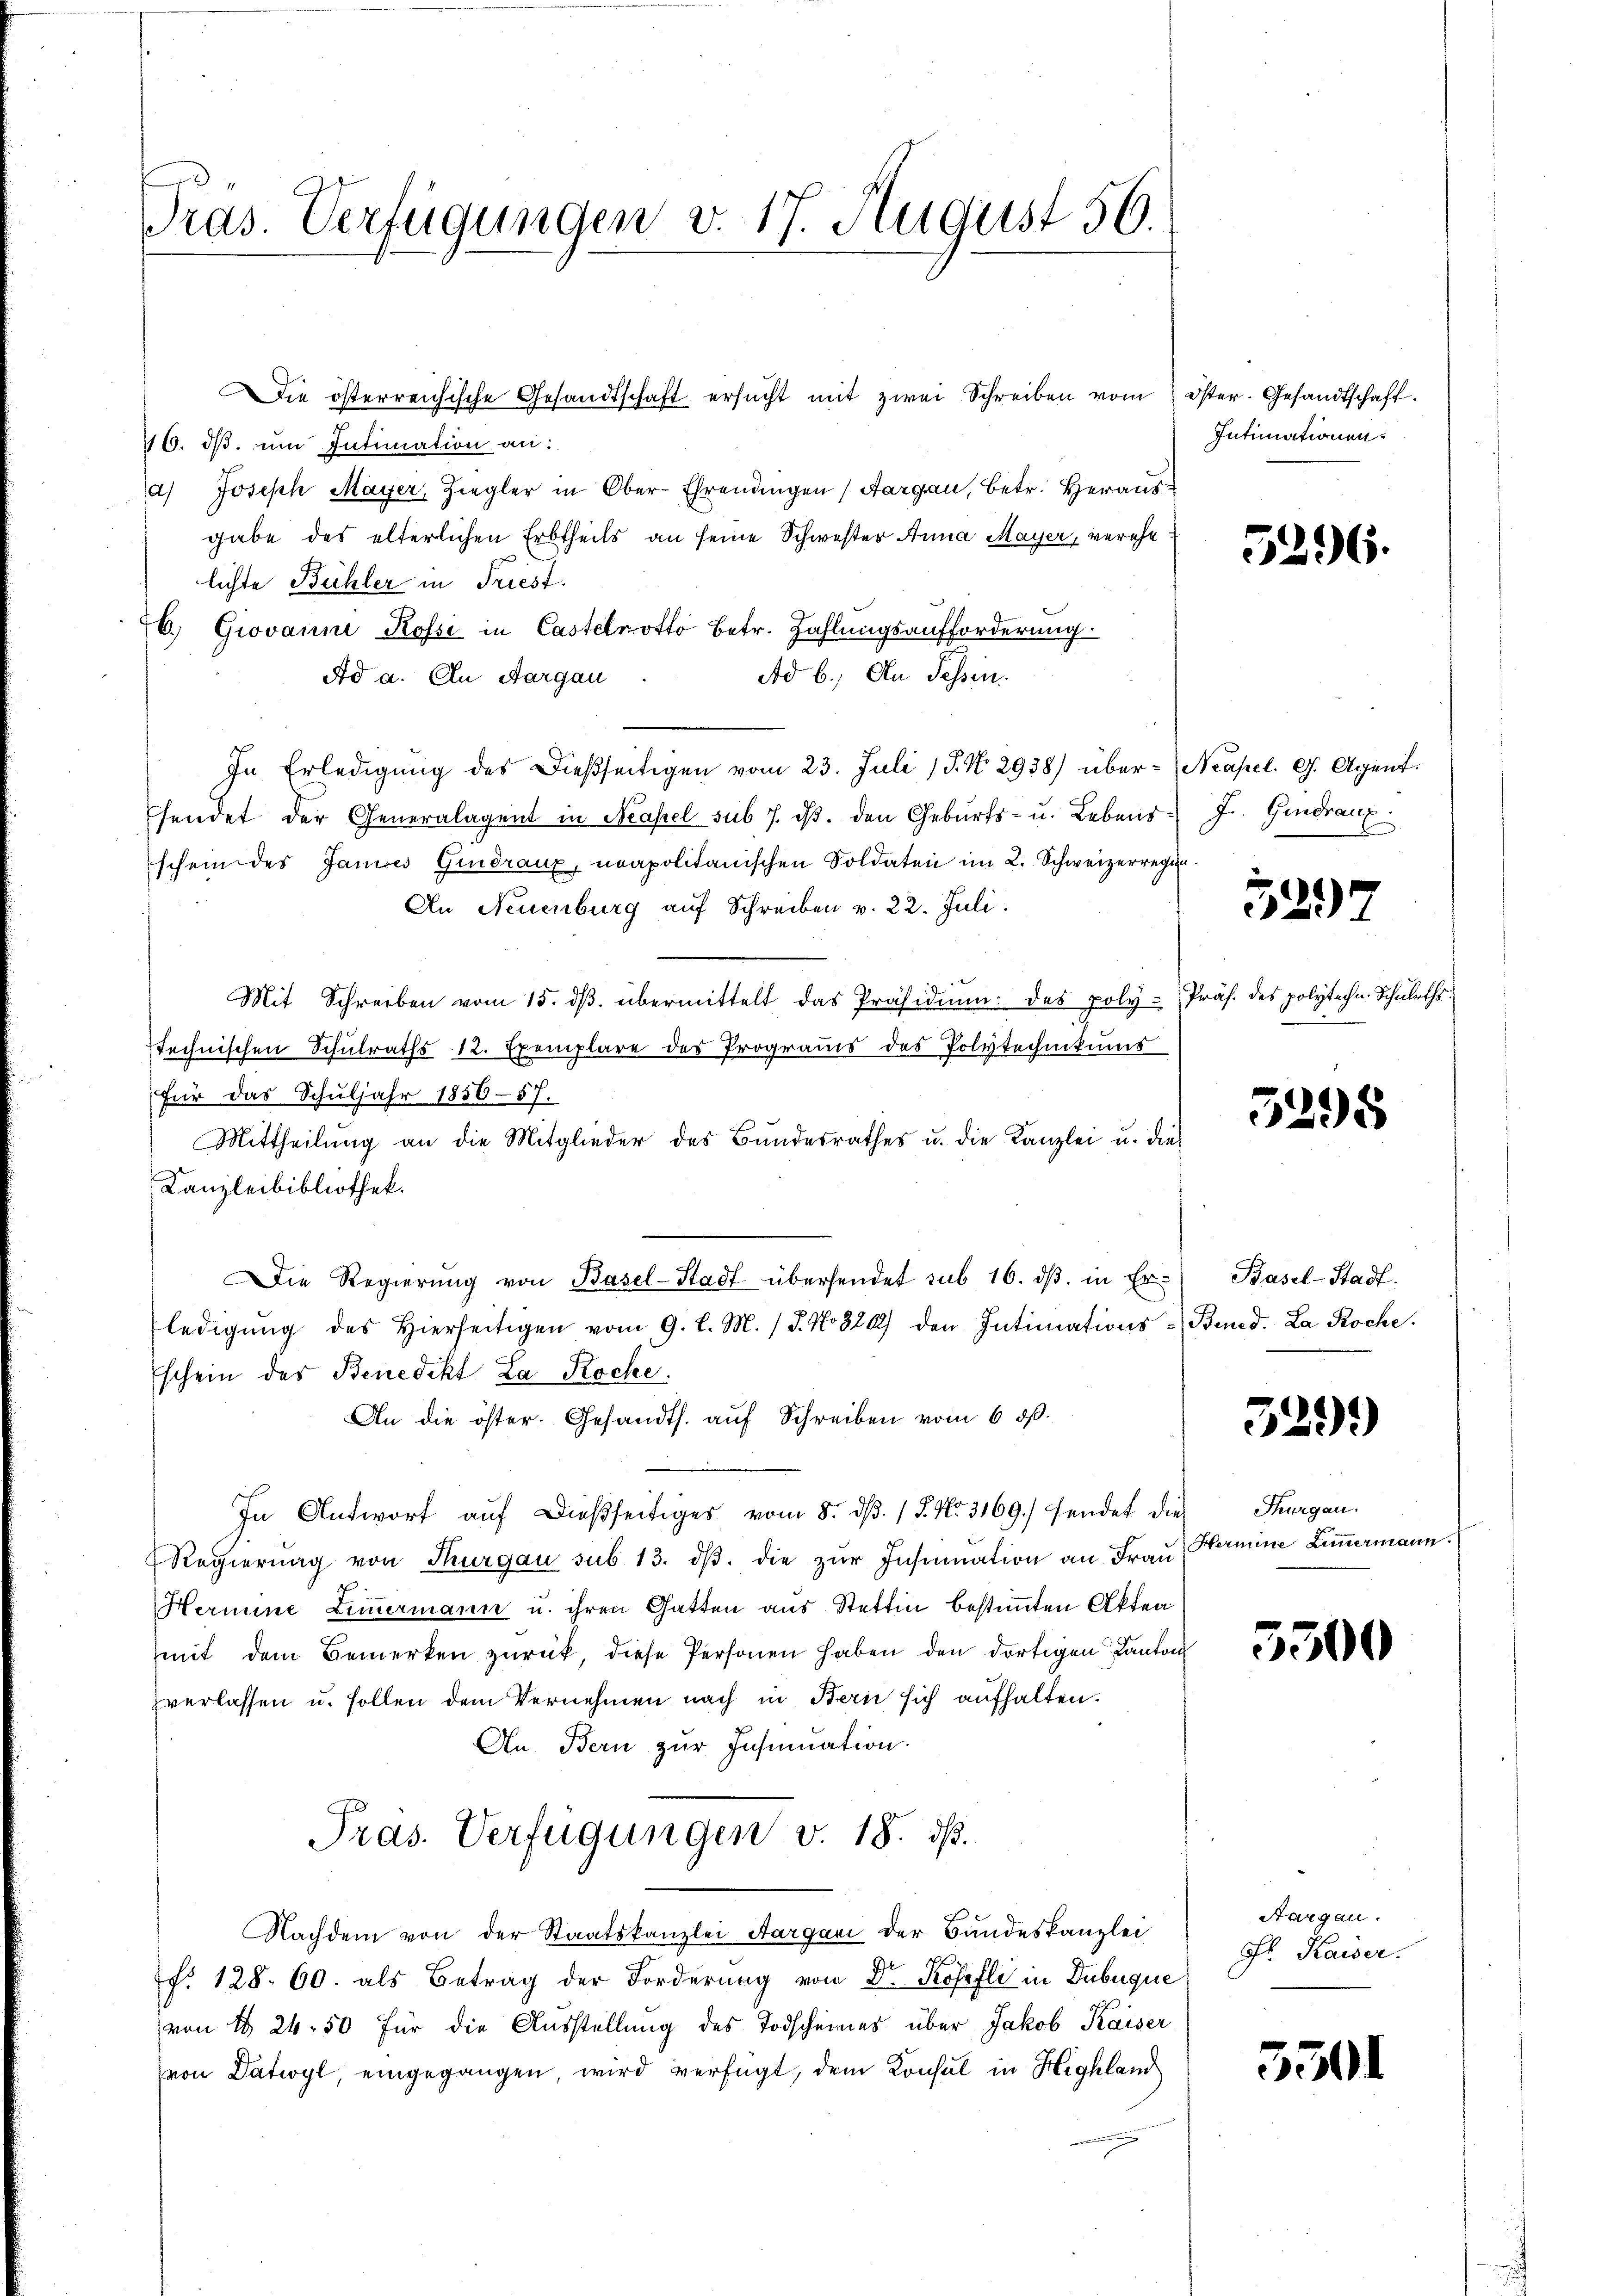
Pras. Verfügungen v. 17. August 56.

110. dβ ŭm Intimation an:
a) Joseph Mayer, Ziegler in Ober-Ehrendingen (Aargau, betr. Herausgabe des elterlichen Erbtheils an seine Schwester Anna Mayer, verehe
lichte Bühler in Triest.
6. Giovanne Kossi in Castelrotto Betr. Zahlungsaufforderung
Ad b.) An Sessen.
Ad a. An Aargau
In Erledigŭng des dießseitigen vom 23. Juli 18. No. 2938) über- (Neapel. G. Agent.
sendet der Generalagent in Neapel sub 7. dβ. den Geburts- u. Lebens J. Gindrang
schein des Janes Gindraux, neapolitanischen Soldaten im 2. Schweizerregt
An Neuenburg auf Schreiben v. 22. Juli.
Mit Schreiben vom 15. dβ übermittelt das Präsidium des poly-
technischen Schŭlraths 12. Exemplare des Programis des Polytechnikums
für das Schuljahr 1856-57.
Mittheilung an die Mitglieder des Bundesrathes u. die Kanzlei u. die
Kanzleibibliothek.
Die Regierŭng von Basel-Stadt übersendet sub 16. dβ. in Er- Basel-Stadt-
ledigŭng des hierseitigen vom 9. d. M. / 5. No 320) den Intimations-Bened. La Roche.
Eschein des Benedikt La Roche.
An die öster. Gesandts. auf Schreiben vom 6. ds.
In Antwort auf dießseitiges vom 8. dβ. / 5. No. 3169) sendet die
Regierung von Thurgau sub 13. dβ. die zŭr Insinuation an Frau
Hermine Ziṁermann u. ihren Gatten aus Stettin bestimmten Akten
mit dem Bemerken zŭrück, diese Personen haben den dortigen Kanton
verlassen u. sollen dem Vernehmen nach in Bern sich aufhalten.
An Bern zur Insinuation.
Pras. Verfügungen v. 18. ds.
Nachdem von der Staatskanzlei Aargani der Bundeskanzlei
f. 128. 60. als Betrag der Forderung von Dr Kosefli in Dubuque
von § 24. 50 für die Ausstellung des Todscheines über Jakob Kaiser
von Datwyl, eingegangen, wird verfügt, dem Konsul in Highlam

Die österreichische Gesandtschaft ersucht mit zwei Schreiben vom

Öster. Gesandtschaft.
Intimationen.

5296.

527

Präs. des polytechn. Schuleths¬

5295

329)

Thurgau.
Hermine Limmermann.

5300

Sargau.
ol. Kaiser.

5301